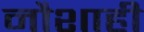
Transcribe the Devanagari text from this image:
नौशाही